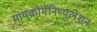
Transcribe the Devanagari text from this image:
मायक्रोमॅनिप्युलेशन